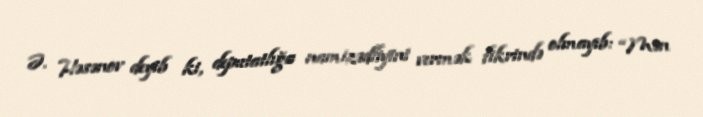
Ə. Həsənov deyib ki, deputatlığa namizədliyini vermək fikrində olmayıb: “Mən